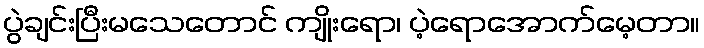
ပွဲချင်းပြီးမသေတောင် ကျိုးရော၊ ပဲ့ရောအောက်မေ့တာ။